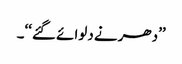
’’دھرنے دلوائے گئے‘‘۔